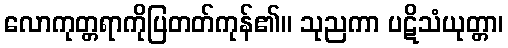
လောကုတ္တရာကိုပြတတ်ကုန်၏။ သုညကာ ပဋိသံယုတ္တာ၊